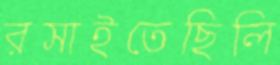
রসাইতেছিলি